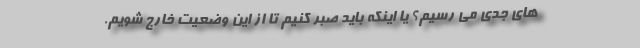
های جدی می رسیم؟ یا اینکه باید صبر کنیم تا از این وضعیت خارج شویم.